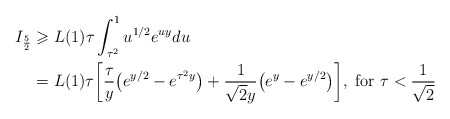
\begin{align*} I_{\frac{5}{2}} &\geqslant L(1)\tau \int_{\tau^2}^{1}u^{1/2}e^{uy}du\\ &=L(1)\tau\bigg[\frac{\tau}{y}\big(e^{y/2} - e^{\tau^2y}\big)+\frac{1}{\sqrt{2}y}\big(e^{y}-e^{y/2}\big) \bigg], \mbox{ for } \tau < \frac{1}{\sqrt{2}} \end{align*}